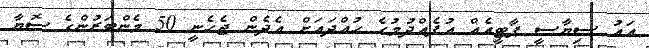
އައު ސިޔާސީ ޕާޓީއެއް އުފެއްދުމުގެ ހުއްދައަށް އެދެން ޖެހެނީ 50 މެންބަރުންގެ ސޮޔާ